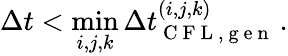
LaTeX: \Delta t<\operatorname*{min}_{i,j,k}\Delta t_{\mathrm{~C~F~L~,~g~e~n~}}^{(i,j,k)}\, .